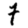
Digit: 7